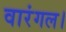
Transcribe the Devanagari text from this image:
वारंगल।